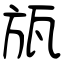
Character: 瓬